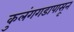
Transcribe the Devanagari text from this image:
कुलंगगडापासून